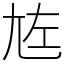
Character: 㝾